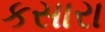
કસારા